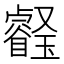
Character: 𤫀